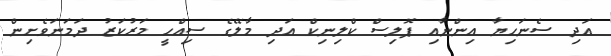
އަދި ސެނަހިޔާ އިންނާއި ޕޮލިސް ކްލިނިކް އަދި މާލޭގެ ސިއްހީ މަރުކަޒު ދަމަނަވެށިން